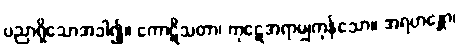
ပညာရှိသောအခါ၍။ ကောဋိသတာ၊ ကုဋေအရာမျှကုန်သော။ အရဟန္တော၊